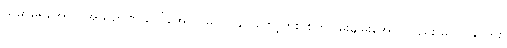
သမာဓိရအောင် အသိဉာဏ် ပေါ်အောင် မလုပ်နိုင် တော့ဘူး၊ စိတ်ငြိမ်းချမ်းအောင်လည်း မလုပ်နိုင်ဘူး၊